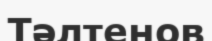
Тәлтенов